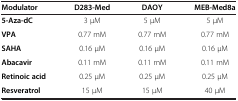
| Modulator | D283-Med | DAOY | MEB-Med8a |
 | --- | --- | --- | --- |
 | 5-Aza-dC | 3 μM | 5 μM | 5 μM |
 | VPA | 0.77 mM | 0.77 mM | 0.77 mM |
 | SAHA | 0.16 μM | 0.16 μM | 0.16 μM |
 | Abacavir | 0.11 mM | 0.11 mM | 0.11 mM |
 | Retinoic acid | 0.25 μM | 0.25 μM | 0.25 μM |
 | Resveratrol | 15 μM | 15 μM | 40 μM |